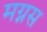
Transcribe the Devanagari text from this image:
मग्नस